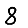
Digit: 8